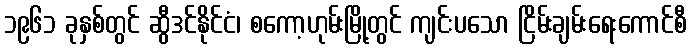
၁၉၆၁ ခုနှစ်တွင် ဆွီဒင်နိုင်ငံ၊ စကော့ဟုမ်းမြို့တွင် ကျင်းပသော ငြိမ်းချမ်းရေးကောင်စီ